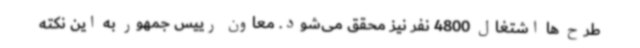
طرح ها اشتغال 4800 نفر نیز محقق می‌شود. معاون رییس جمهور به این نکته